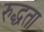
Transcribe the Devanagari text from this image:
रुद्धता